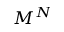
M ^ { N }